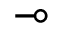
\multimap